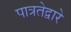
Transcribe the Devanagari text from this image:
पात्रतेद्वारे